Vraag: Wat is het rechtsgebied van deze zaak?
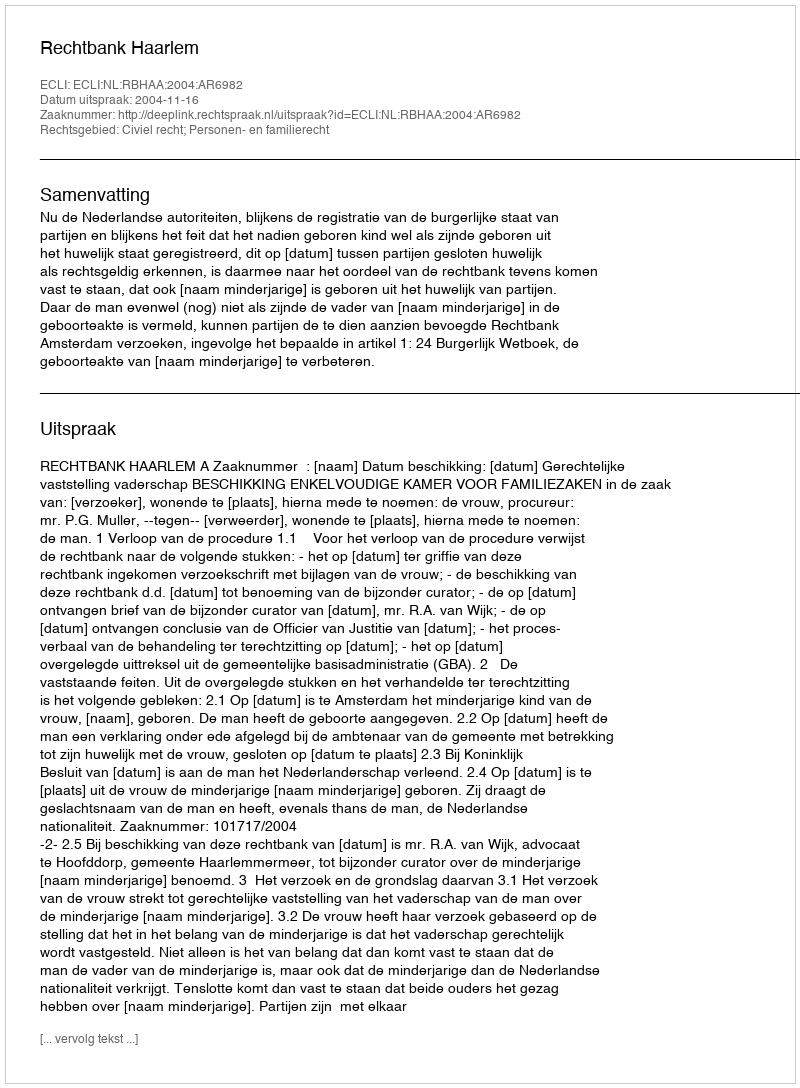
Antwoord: Civiel recht; Personen- en familierecht